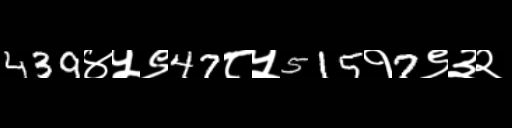
Text: 439४५९47८५515१7९३२